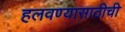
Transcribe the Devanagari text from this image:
हलवण्यासाठीची